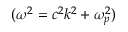
( \omega ^ { 2 } = c ^ { 2 } k ^ { 2 } + \omega _ { p } ^ { 2 } )